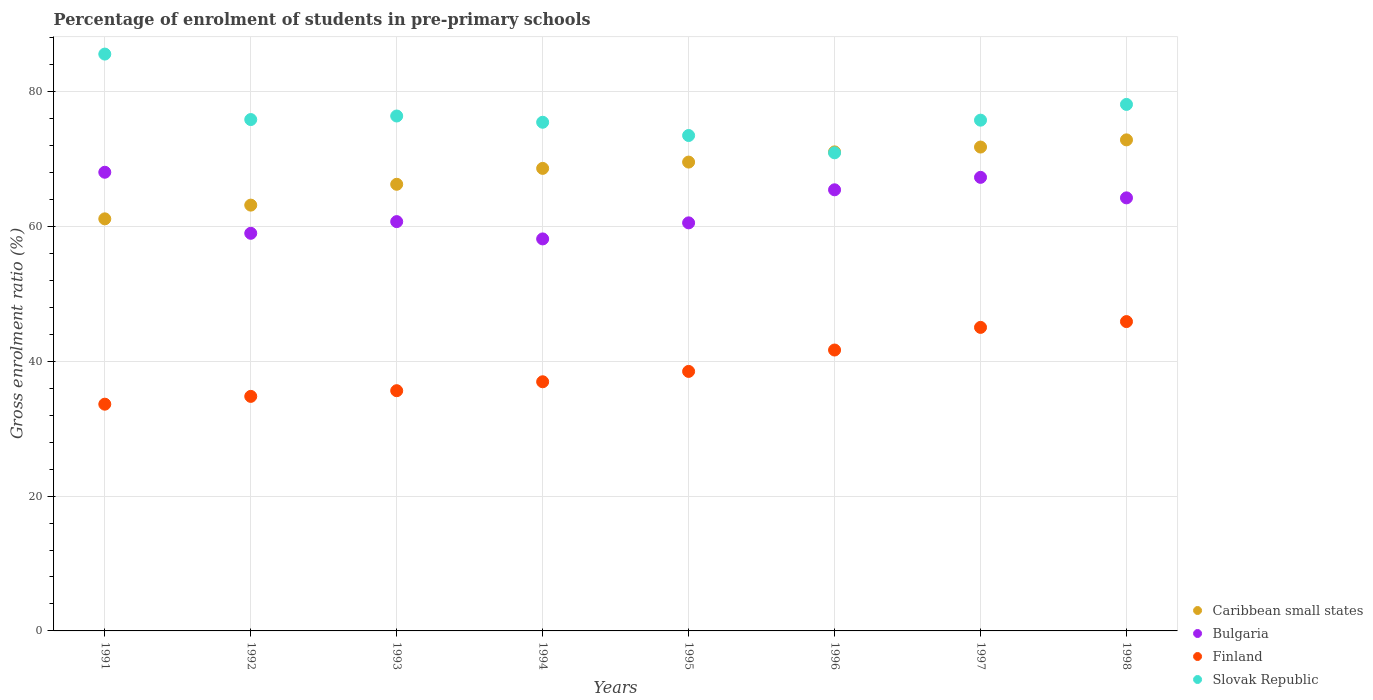
| Years | Caribbean small states | Bulgaria | Finland | Slovak Republic |
 | --- | --- | --- | --- | --- |
 | 1991 | 61.1 | 68 | 33.6 | 85.6 |
 | 1992 | 63.2 | 59 | 34.8 | 75.8 |
 | 1993 | 66.2 | 60.7 | 35.6 | 76.4 |
 | 1994 | 68.6 | 58.1 | 37 | 75.4 |
 | 1995 | 69.5 | 60.5 | 38.5 | 73.5 |
 | 1996 | 71 | 65.4 | 41.7 | 70.9 |
 | 1997 | 71.8 | 67.3 | 45 | 75.8 |
 | 1998 | 72.8 | 64.2 | 45.9 | 78.1 |